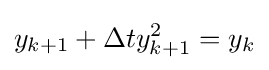
y_{k+1}+\Delta ty_{k+1}^{2}=y_{k}